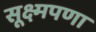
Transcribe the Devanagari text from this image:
सूक्ष्मपणा